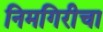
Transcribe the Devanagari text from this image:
निमगिरीचा